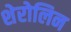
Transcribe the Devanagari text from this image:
शेरोलिन